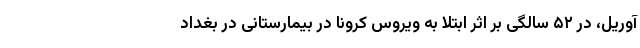
آوریل، در ۵۲ سالگی بر اثر ابتلا به ویروس کرونا در بیمارستانی در بغداد